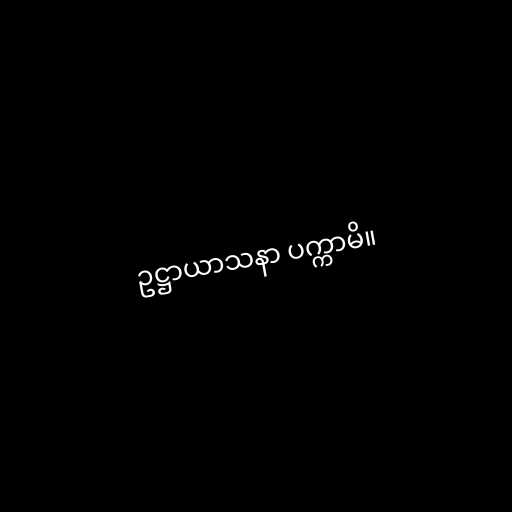
ဥဋ္ဌာယာသနာ ပက္ကာမိ။